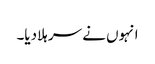
انہوں نے سر ہلادیا۔